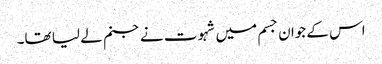
اس کے جوان جسم میں شہوت نے جنم لے لیا تھا۔